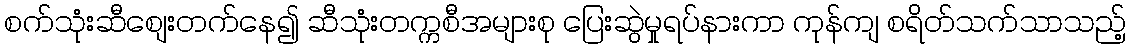
စက်သုံးဆီစျေးတက်နေ၍ ဆီသုံးတက္ကစီအများစု ပြေးဆွဲမှုရပ်နားကာ ကုန်ကျ စရိတ်သက်သာသည့်